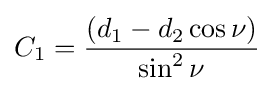
C_{1}={\frac {(d_{1}-d_{2}\cos \nu )}{\sin ^{2}\nu }}